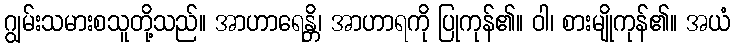
ဂျွမ်းသမားစသူတို့သည်။ အာဟာရေန္တိ၊ အာဟာရကို ပြုကုန်၏။ ဝါ၊ စားမျိုကုန်၏။ အယံ